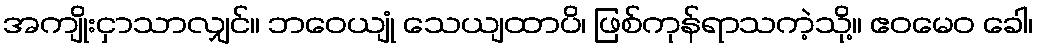
အကျိုးငှာသာလျှင်။ ဘဝေယျုံ သေယျထာပိ၊ ဖြစ်ကုန်ရာသကဲ့သို့။ ဧဝမေဝ ခေါ၊